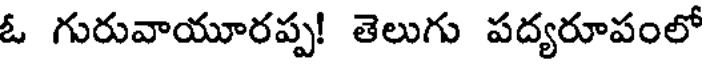
ఓ గురువాయూరప్ప! తెలుగు పద్యరూపంలో